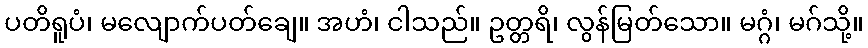
ပတိရူပံ၊ မလျောက်ပတ်ချေ။ အဟံ၊ ငါသည်။ ဥတ္တရိ၊ လွန်မြတ်သော။ မဂ္ဂံ၊ မဂ်သို့။